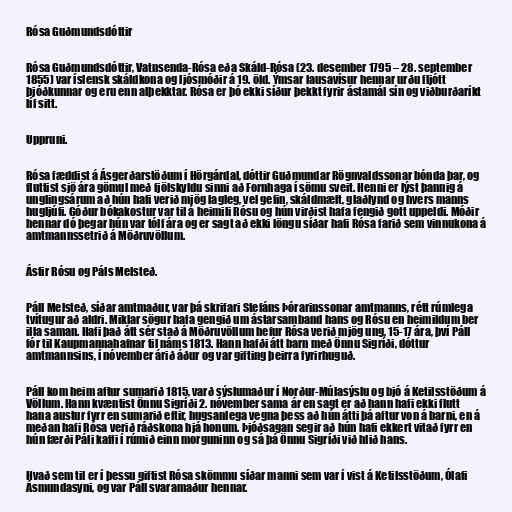
Rósa Guðmundsdóttir

Rósa Guðmundsdóttir, Vatnsenda-Rósa eða Skáld-Rósa (23. desember 1795 – 28. september
1855) var íslensk skáldkona og ljósmóðir á 19. öld. Ýmsar lausavísur hennar urðu fljótt
þjóðkunnar og eru enn alþekktar. Rósa er þó ekki síður þekkt fyrir ástamál sín og viðburðaríkt
líf sitt.

Uppruni.

Rósa fæddist á Ásgerðarstöðum í Hörgárdal, dóttir Guðmundar Rögnvaldssonar bónda þar, og
fluttist sjö ára gömul með fjölskyldu sinni að Fornhaga í sömu sveit. Henni er lýst þannig á
unglingsárum að hún hafi verið mjög lagleg, vel gefin, skáldmælt, glaðlynd og hvers manns
hugljúfi. Góður bókakostur var til á heimili Rósu og hún virðist hafa fengið gott uppeldi. Móðir
hennar dó þegar hún var tólf ára og er sagt að ekki löngu síðar hafi Rósa farið sem vinnukona á
amtmannssetrið á Möðruvöllum.

Ástir Rósu og Páls Melsteð.

Páll Melsteð, síðar amtmaður, var þá skrifari Stefáns Þórarinssonar amtmanns, rétt rúmlega
tvítugur að aldri. Miklar sögur hafa gengið um ástarsamband hans og Rósu en heimildum ber
illa saman. Hafi það átt sér stað á Möðruvöllum hefur Rósa verið mjög ung, 15-17 ára, því Páll
fór til Kaupmannahafnar til náms 1813. Hann hafði átt barn með Önnu Sigríði, dóttur
amtmannsins, í nóvember árið áður og var gifting þeirra fyrirhuguð.

Páll kom heim aftur sumarið 1815, varð sýslumaður í Norður-Múlasýslu og bjó á Ketilsstöðum á
Völlum. Hann kvæntist Önnu Sigríði 2. nóvember sama ár en sagt er að hann hafi ekki flutt
hana austur fyrr en sumarið eftir, hugsanlega vegna þess að hún átti þá aftur von á barni, en á
meðan hafi Rósa verið ráðskona hjá honum. Þjóðsagan segir að hún hafi ekkert vitað fyrr en
hún færði Páli kaffi í rúmið einn morguninn og sá þá Önnu Sigríði við hlið hans.

Hvað sem til er í þessu giftist Rósa skömmu síðar manni sem var í vist á Ketilsstöðum, Ólafi
Ásmundasyni, og var Páll svaramaður hennar.